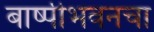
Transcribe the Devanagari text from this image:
बाष्पीभवनचा